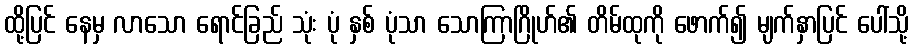
ထို့ပြင် နေမှ လာသော ရောင်ခြည် သုံး ပုံ နှစ် ပုံသာ သောကြာဂြိုဟ်၏ တိမ်ထုကို ဖောက်၍ မျက်နှာပြင် ပေါ်သို့